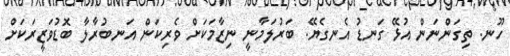
ހޫނ. ތިގަންނަން އުޅޭ ގަނޑު އެނގެޔޭ. ބަރުލަމާނީ ނިޒާމަކަށް ވެރިކަން އަނބުރާލާ ބޮޑުވަޒީރަކަށް